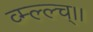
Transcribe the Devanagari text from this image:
व्म्ल्ल्च्।।